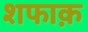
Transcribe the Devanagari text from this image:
शफाक़